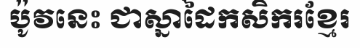
ប៉ូវនេះ ជាស្នាដៃកសិករខ្មែរ